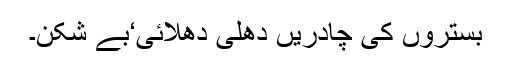
بستروں کی چادریں دھلی دھلائی‘بے شکن۔